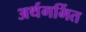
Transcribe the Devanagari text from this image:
अर्थगर्भित